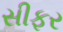
સીફર